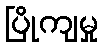
ပြိုကျမှု